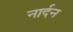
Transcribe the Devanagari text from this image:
नार्दन